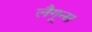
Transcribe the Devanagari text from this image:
लैगून्स